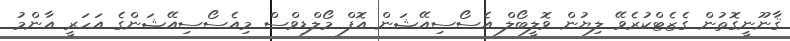
ޤާނޫނީގޮތުން ގެޒެޓްކުރެވޭ ލިޔުން ވޮލީބޯލް އެސޯސިއޭޝަން އޮފް މޯލްޑިވްސް މިއެސޯސިއޭޝަންގެ އަހަރީ އާންމު